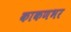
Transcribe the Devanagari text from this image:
काकणभर